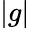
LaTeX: |g|